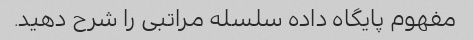
مفهوم پایگاه داده سلسله مراتبی را شرح دهید.